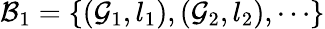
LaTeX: {\mathcal{B}}_{1}=\left\{ ({\mathcal{G}}_{1},l_{1}),({\mathcal{G}}_{2},l_{2}),\cdots\right\}